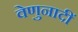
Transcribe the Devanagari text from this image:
वेणुनादीं